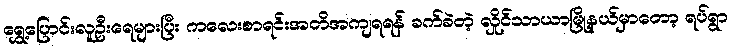
ရွှေ့ပြောင်းလူဦးရေများပြီး ကလေးစာရင်းအတိအကျရရန် ခက်ခဲတဲ့ လှိုင်သာယာမြို့နယ်မှာတော့ ရပ်ရွာ